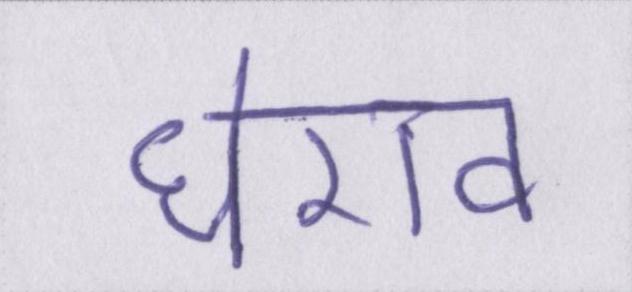
घेराव